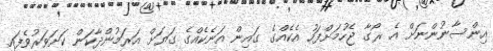
އިންސާނުންނަށް އެ ރޯގާ ޖެހުމަށްފަހު އެކެއްގެ ގައިން އަނެކެއްގެ ގަޔަށް އަރަމުންދާކަން ކަށަވަރުވެފައި